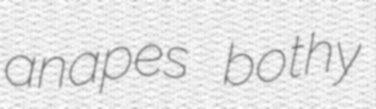
anapes bothy